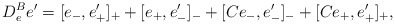
\begin{align*} D^B_{e}e' = [e_-,e'_+]_+ + [e_+,e'_-]_- + [C e_-,e'_-]_- + [Ce_+,e'_+]_+ , \end{align*}